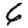
Digit: 6